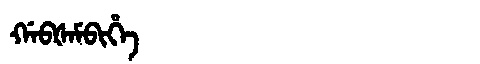
Manchu: ᡤᠠᠪᡧᠠᠮᠪᡳᡥᡝ
Romanization: GABŠAMBIHE